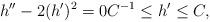
LaTeX: \begin{align*}h''-2(h')^{2}=0 C^{-1}\leq h' \leq C,\end{align*}